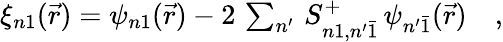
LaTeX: \begin{array}{r}{\xi_{n1}(\vec{r})=\psi_{n1}(\vec{r})-2\, \sum_{n^{\prime}}\, S_{n1,n^{\prime}\bar{1}}^{+}\, \psi_{n^{\prime}\bar{1}}(\vec{r})\quad,}\end{array}